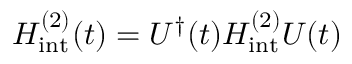
H _ { \mathrm { i n t } } ^ { ( 2 ) } ( t ) = U ^ { \dag } ( t ) H _ { \mathrm { i n t } } ^ { ( 2 ) } U ( t )